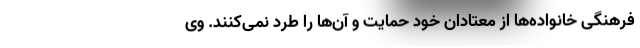
فرهنگی خانواده‌ها از معتادان خود حمایت و آن‌ها را طرد نمی‌کنند. وی